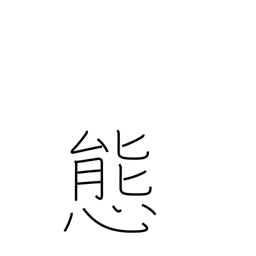
Meaning: attitude